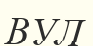
ВУЛ